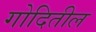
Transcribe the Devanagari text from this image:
गोदितील